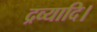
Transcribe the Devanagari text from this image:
द्रव्यादि।